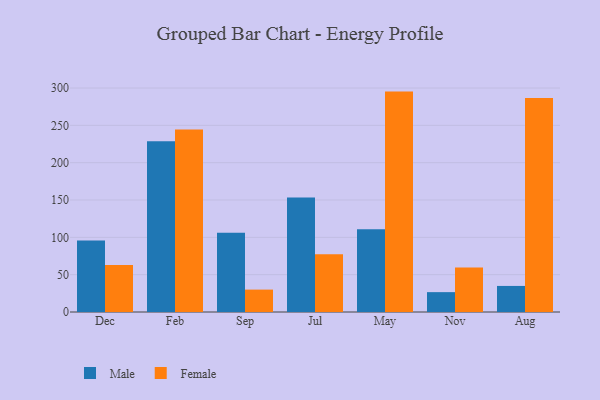
{"axis": {"x": "Month", "y": "Shipments"}, "legend": ["Female", "Male"], "data": [{"x": "Dec", "y": 95.8, "type": "Male"}, {"x": "Dec", "y": 62.8, "type": "Female"}, {"x": "Feb", "y": 228.6, "type": "Male"}, {"x": "Feb", "y": 244.4, "type": "Female"}, {"x": "Sep", "y": 106.0, "type": "Male"}, {"x": "Sep", "y": 30.0, "type": "Female"}, {"x": "Jul", "y": 153.3, "type": "Male"}, {"x": "Jul", "y": 77.4, "type": "Female"}, {"x": "May", "y": 110.7, "type": "Male"}, {"x": "May", "y": 295.2, "type": "Female"}, {"x": "Nov", "y": 26.6, "type": "Male"}, {"x": "Nov", "y": 59.5, "type": "Female"}, {"x": "Aug", "y": 34.9, "type": "Male"}, {"x": "Aug", "y": 286.7, "type": "Female"}]}